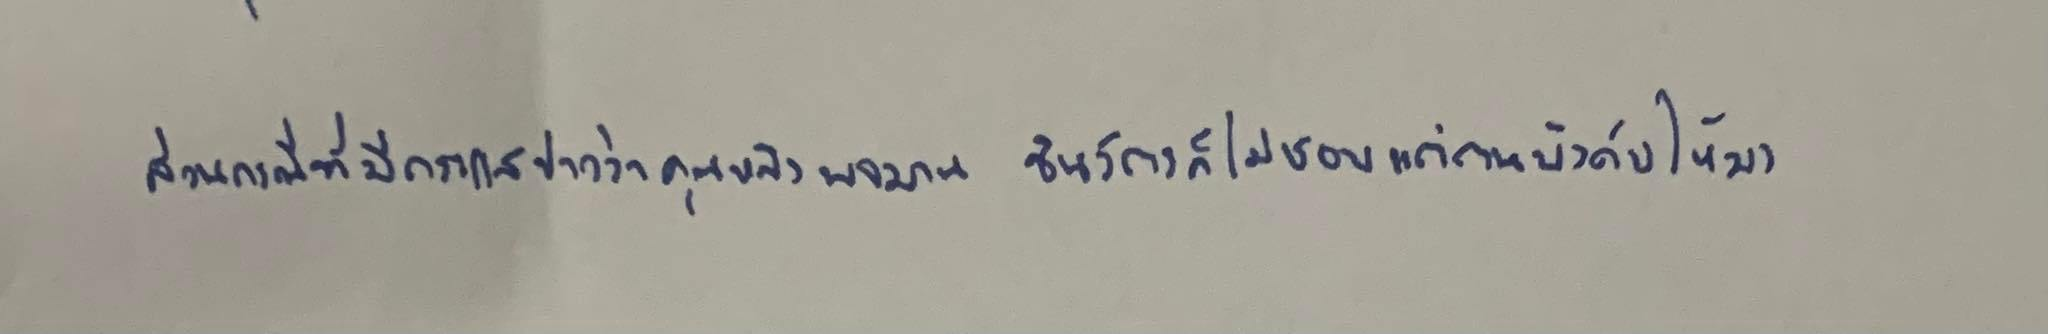
ส่วนกรณีที่มีกระแสข่าวว่าคุณหญิงพจมาน ชินวัตรก็ไม่ชอบแต่ตนบังคับให้มา